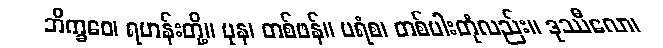
ဘိက္ခဝေ၊ ရဟန်းတို့။ ပုန၊ တစ်ဖန်။ ပရံစ၊ တစ်ပါးတုံလည်း။ ဒုဿီလော၊